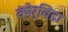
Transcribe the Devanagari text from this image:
कोर्विडा